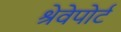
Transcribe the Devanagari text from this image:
श्रेवेपोर्ट